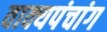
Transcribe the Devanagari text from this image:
वाक्यपंचांग